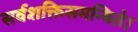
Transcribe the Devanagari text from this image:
सर्वशक्तिसमन्विते।